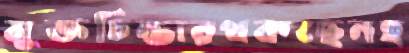
মুক্তচিন্তারথকছেনহ